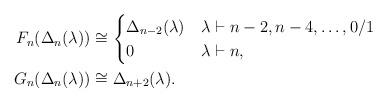
LaTeX: \begin{align*} F_n(\Delta_n(\lambda))&\cong\begin{cases} \Delta_{n-2}(\lambda)&\lambda\vdash n-2,n-4,\dots,0/1\\ 0&\lambda\vdash n, \end{cases}\\ G_n(\Delta_n(\lambda))&\cong\Delta_{n+2}(\lambda).\end{align*}